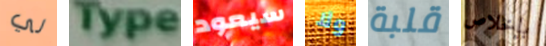
لي Type سيعود ولا قلبة بإخلاص